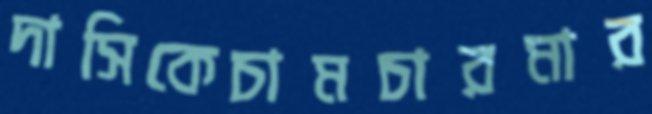
দাসিকেচামচারমার